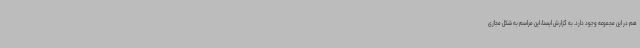
هم در این مجموعه وجود دارد. به گزارش ایسنا، این مراسم به شکل مجازی